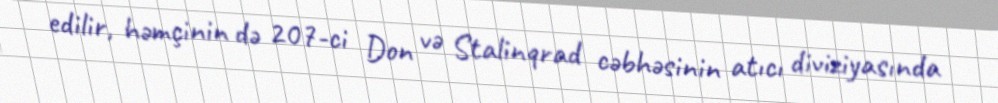
edilir, həmçinin də 207-ci Don və Stalinqrad cəbhəsinin atıcı diviziyasında